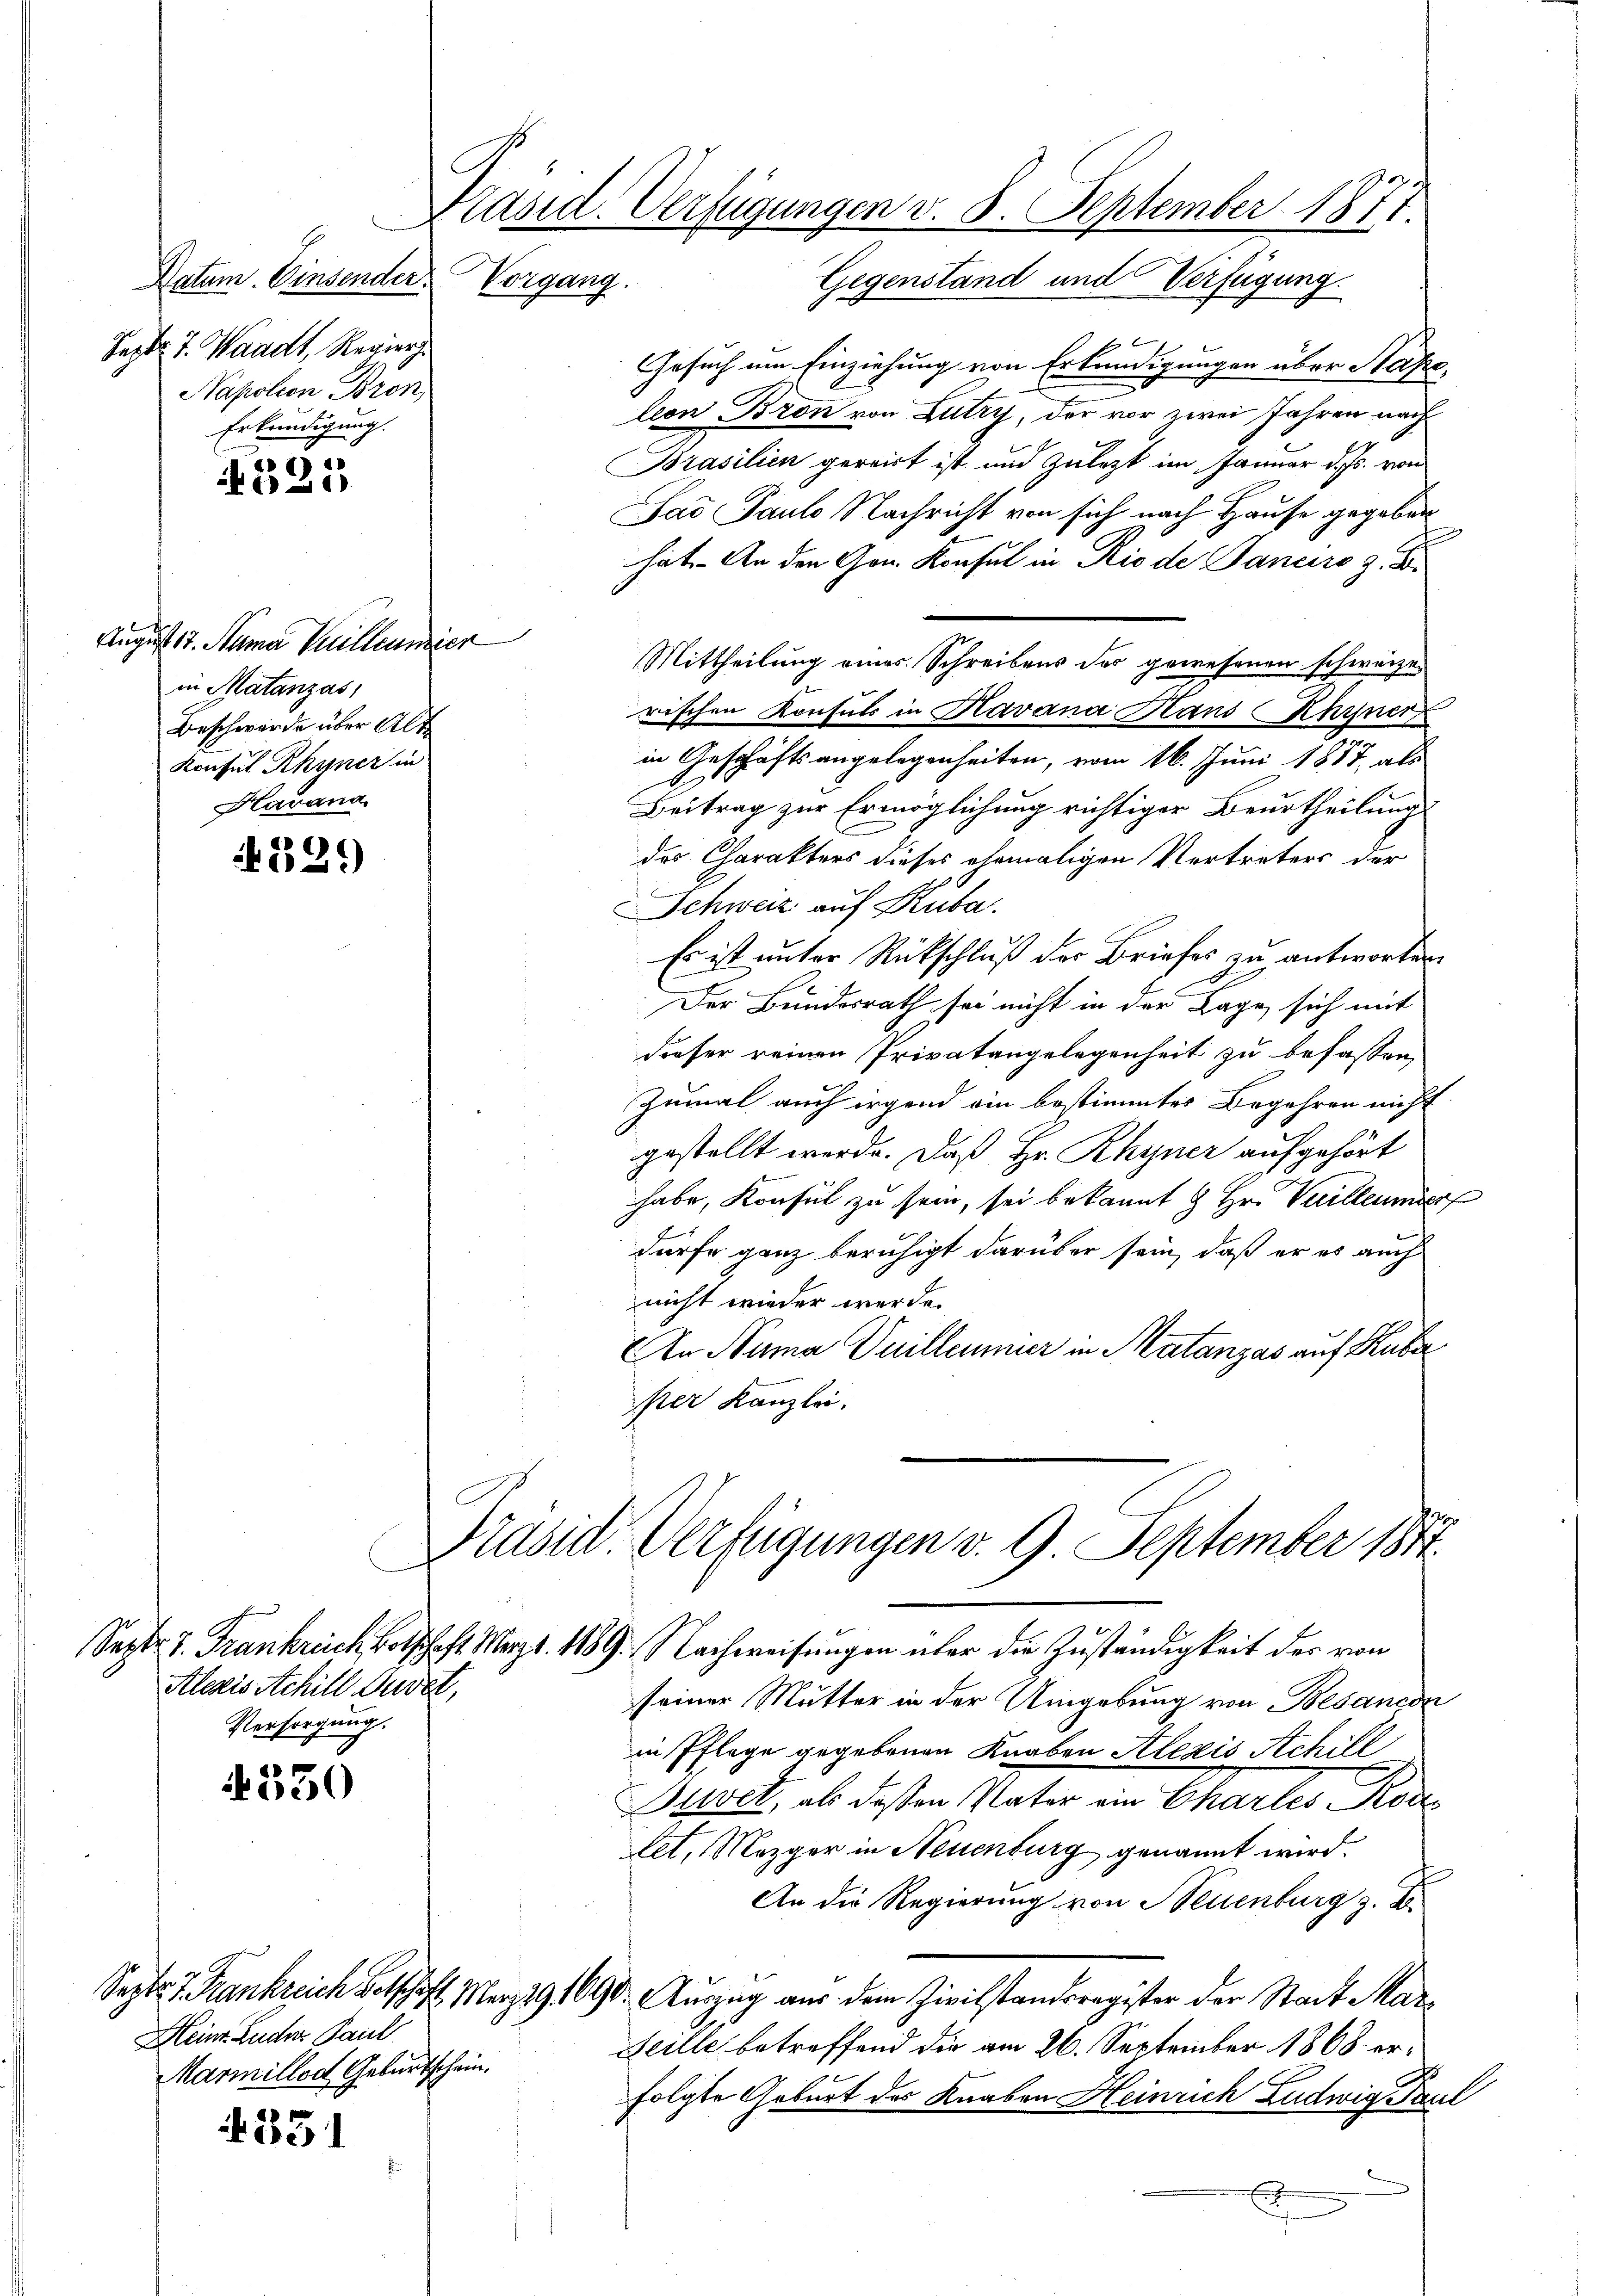
Datum. Einsender Vorgang.
Sept. J. Waadt, Regier
Napolion Bron
Erkundigung.

E
25

August 17. Mama Bullaumier
in Matanzas
Beschwerde über Alte
Konsul Rhyner in
Havana.

1539

E
Alezis Achill Dusel,
Versorgung.

330

Heinr. Luder Paul
Marmillod Geburtschein.

331

Präsid. Verfügungen v. 8. September 1877
Gegenstand und Verfügung.

Gesuch um Einziehung von Erkundigungen über Hase
leon Bron von Lutry, der vor zwei Jahren nach
Brasilien gereit ist und zuletzt im Januar d. Js. von
Sad Pauls Nachricht von sich nach Hause gegeben
hat. An den Gon Konsul in Rio de Janeiro z. B.
rischen Konsuls in Havana Haus Rhyner
in Geschäftsangelegenheiten, vom 16. Juni 1857, als
Beitrag zur Ermöglichung richtiger Beurtheilung
der Charakters dieses ehemaligen Vertreters der
Schweiz auf Ruba.
Es ist unter Rückschluß der Briefes zu antworten
Der Bundesrath sei nicht in der Lage, sich mit
dieser reinen Privatangelegenheit zu befassen
zumal auch irgend ein bestimmter Begehren nicht
gestellt werde. Daß Hr. Rhyner aufgehört
habe, Konsul zu sein, sei bekannt & Hr. Vuillenmer
dürfe ganz beruhigt darüber sein, daß er es auch
nicht wieder werde.
An Numa Quilleunier in Matanzas auf Huber
per Kanzlei.

Prasie Verfügungen v. 9. September 1817.
Sept. v. Frankreich, Botschaft. Merz d. 1889 Nachweisungen über die Zuständigkeit des von

Mittheilung eines Schreibens des gewesenen schweize

seiner Mutter in der Umgebung von Besandon
in Pflege gegebenen Knaben Alexis Achill
Svet, als deßen Vater ein Chartes Rodlet, Mezger in Neuenburg genannt wird.
An die Regierung von Neuenburg z. B.
Septe I. Krankreich Botschaft. Merz 191690. Auszug aus dem Zivilstandsregister der Stadt Mar¬
Leille betreffend die am 26. September 1868 erfolgte Geburt des Knaben Heinrich Ludwig Paul
A